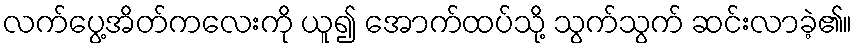
လက်ပွေ့အိတ်ကလေးကို ယူ၍ အောက်ထပ်သို့ သွက်သွက် ဆင်းလာခဲ့၏။